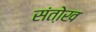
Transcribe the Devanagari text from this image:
संतो़ख